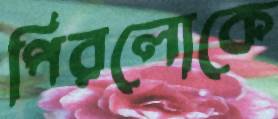
পিরলোকে